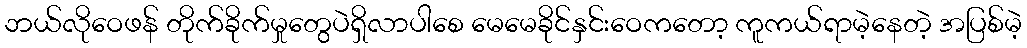
ဘယ်လိုဝေဖန် တိုက်ခိုက်မှုတွေပဲရှိလာပါစေ မေမေခိုင်နှင်းဝေကတော့ ကူကယ်ရာမဲ့နေတဲ့ အပြစ်မဲ့